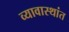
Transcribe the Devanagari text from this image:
व्यावास्थांत